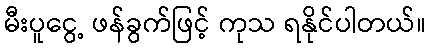
မီးပူငွေ့ ဖန်ခွက်ဖြင့် ကုသ ရနိုင်ပါတယ်။